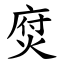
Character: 焤